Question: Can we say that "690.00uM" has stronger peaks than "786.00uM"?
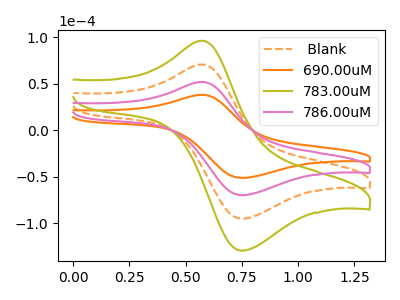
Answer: <think>The orange dashed curve " Blank" has an anodic peak at (0.60V, 103.75uA) and a cathodic peak at (0.75V, -139.45uA). The orange curve "690.00uM" has an anodic peak at (0.60V, 38.10uA) and a cathodic peak at (0.75V, -51.20uA). The olive curve "783.00uM" has an anodic peak at (0.60V, 155.60uA) and a cathodic peak at (0.75V, -209.15uA). The pink curve "786.00uM" has an anodic peak at (0.60V, 51.85uA) and a cathodic peak at (0.75V, -69.70uA).</think>
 <answer>Every peak in "690.00uM" is lower than every peak in "786.00uM".</answer>
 <eval>lower</eval>